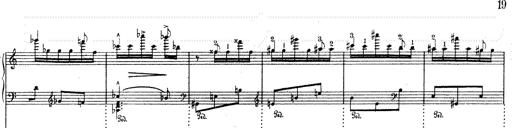
Title: Mephisto Waltz No.1
Composer: Franz Liszt